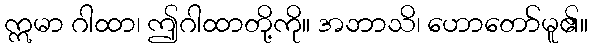
ဣမာ ဂါထာ၊ ဤဂါထာတို့ကို။ အဘာသိ၊ ဟောတော်မူ၏။